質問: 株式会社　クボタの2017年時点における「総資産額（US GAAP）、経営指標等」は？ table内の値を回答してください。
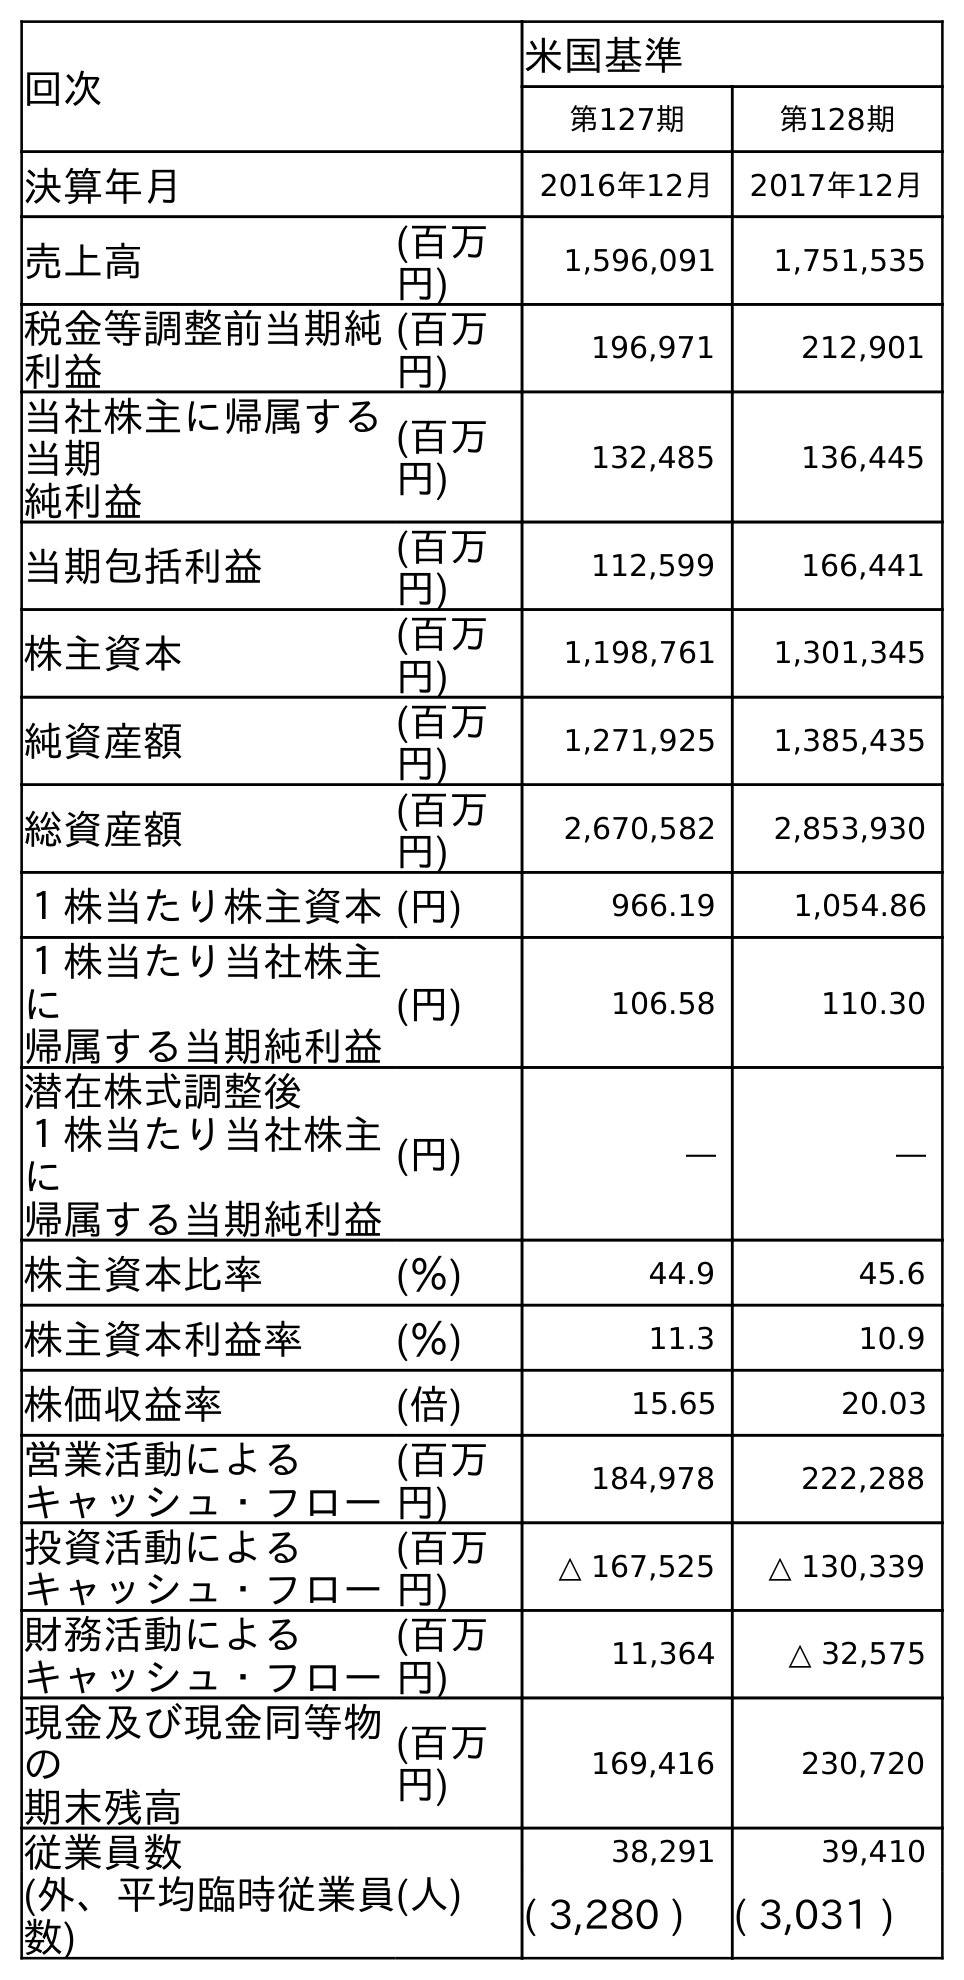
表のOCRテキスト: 回次 米国基準 第127期 第128期 決算年月 2016年12月 2017年12月 売上高 (百万 円) 1,596,091 1,751,535 税金等調整前当期純 利益 (百万 円) 196,971 212,901 当社株主に帰属する 当期 純利益 (百万 円) 132,485 136,445 当期包括利益 (百万 円) 112,599 166,441 株主資本 (百万 円) 1,198,761 1,301,345 純資産額 (百万 円) 1,271,925 1,385,435 総資産額 (百万 円) 2,670,582 2,853,930 １株当たり株主資本(円) 966.19 1,054.86 １株当たり当社株主 に 帰属する当期純利益 (円) 106.58 110.30 潜在株式調整後 １株当たり当社株主 に 帰属する当期純利益 (円) ― ― 株主資本比率 (％) 44.9 45.6 株主資本利益率 (％) 11.3 10.9 株価収益率 (倍) 15.65 20.03 営業活動による キャッシュ・フロー (百万 円) 184,978 222,288 投資活動による キャッシュ・フロー (百万 円) △ 167,525 △ 130,339 財務活動による キャッシュ・フロー (百万 円) 11,364 △ 32,575 現金及び現金同等物 の 期末残高 (百万 円) 169,416 230,720 従業員数 (人) 38,291 39,410 (外、平均臨時従業員 数) ( 3,280 ) ( 3,031 )
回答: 2,853,930